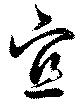
宜